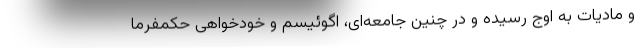
و مادیات به اوج رسیده و در چنین جامعه‌ای، اگوئیسم و خودخواهی حکمفرما